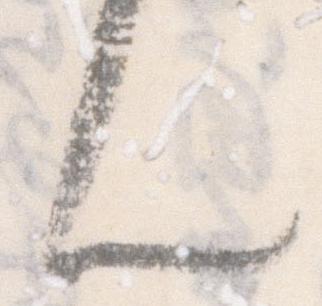
ん